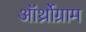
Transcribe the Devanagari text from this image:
ऑर्थ्रोग्राम